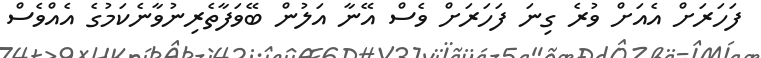
ފަހަރަށް އެއަށް ވުރެ ގިނަ ފަހަރަށް ވެސް އޭނާ އަލުން ބޭވަފާތެރިނުވާނެކަމުގެ އެއްވެސް